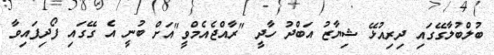
ބުލްބުލާގޭގައި ދިރިއުޅޭ ޝިޔާޒު އަބްދު ހާދީ "ރާއްޖެއެމްވީ"އަށް ބުނީ އެ ގޭގައި ފޯދިފައިވާ